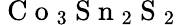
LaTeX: \mathrm{~C~o~}_{3}\mathrm{~S~n~}_{2}\mathrm{~S~}_{2}